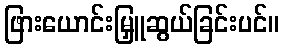
ဖြားယောင်းမြှူဆွယ်ခြင်းပင်။